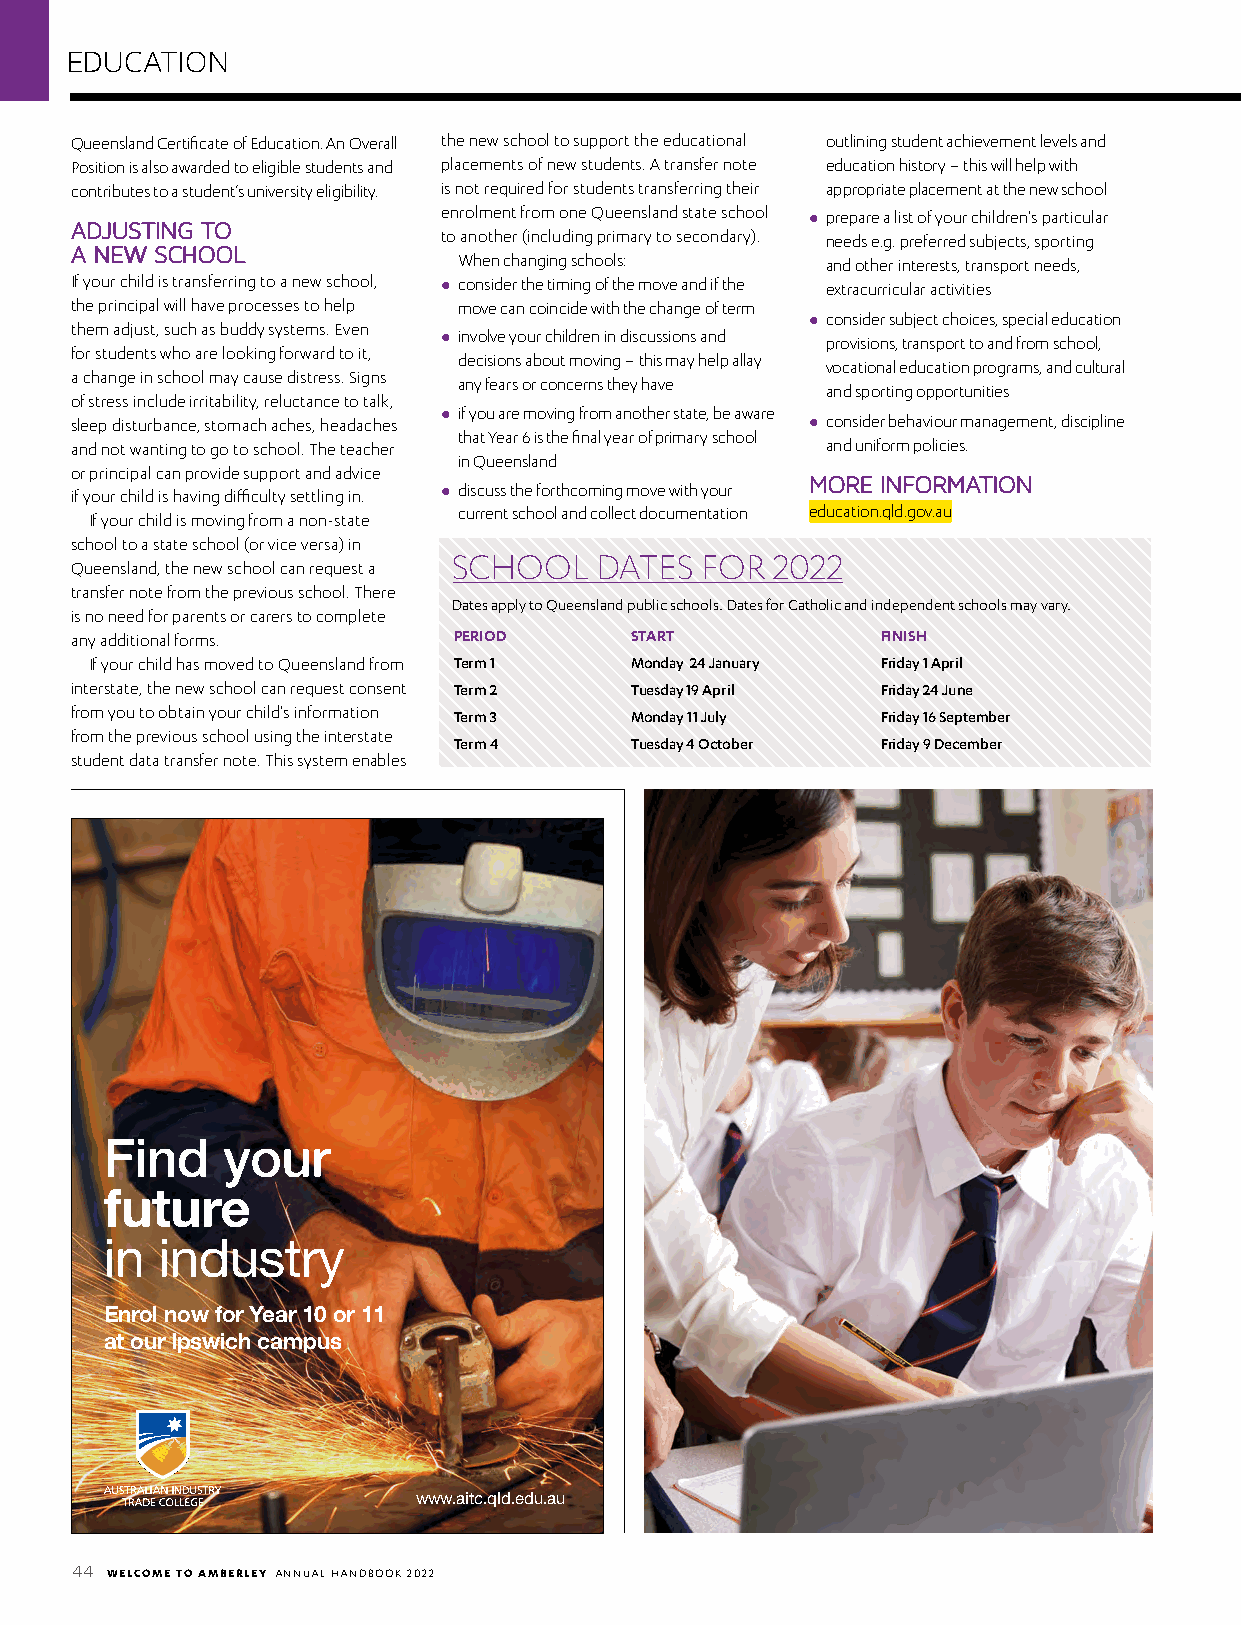
EDUCATION
 Queensland Certificate of Education. An Overall the new school to support the educational outlining student achievement levels and
 Position is also awarded to eligible students and placements of new students. A transfer note education history – this will help with
 contributes to a student’s university eligibility. is not required for students transferring their appropriate placement at the new school
 AADDJJUUSSTTIINNGG TTOO enrolment from one Queensland state school l p repare a list of your children's particular
 to another (including primary to secondary). needs e.g. preferred subjects, sporting
 AA NNEEWW SSCCHHOOOOLL
 When changing schools:   and other interests, transport needs,
 If your child is transferring to a new school, l c onsider the timing of the move and if the extracurricular activities
 the principal will have processes to help move can coincide with the change of term
 them adjust, such as buddy systems. Even         l c onsider subject choices, special education
 l i nvolve your children in discussions and provisions, transport to and from school,
 for students who are looking forward to it,
 decisions about moving – this may help allay
 vocational education programs, and cultural
 a change in school may cause distress. Signs
 any fears or concerns they have
 and sporting opportunities
 of stress include irritability, reluctance to talk,
 sleep disturbance, stomach aches, headaches l i f you are moving from another state, be aware l c onsider behaviour management, discipline
 that Year 6 is the final year of primary school
 and not wanting to go to school. The teacher      and uniform policies.
 in Queensland
 or principal can provide support and advice
 MMOORREE IINNFFOORRMMAATTIIOONN
 if your child is having difficulty settling in. l d iscuss the forthcoming move with your
 current school and collect documentation education.qld.gov.au
 If your child is moving from a non-state
 school to a state school (or vice versa) in
 SCHOOL   DATES  FOR  2022
 Queensland, the new school can request a
 transfer note from the previous school. There
 Dates apply to Queensland public schools. Dates for Catholic and independent schools may vary.
 is no need for parents or carers to complete
 any additional forms.    PERIOD      START           FINISH
 If your child has moved to Queensland from Term 1 Monday 24 January Friday 1 April
 interstate, the new school can request consent Term 2 Tuesday 19 April Friday 24 June
 from you to obtain your child's information Term 3 Monday 11 July Friday 16 September
 from the previous school using the interstate
 Term 4      Tuesday 4 October Friday 9 December
 student data transfer note. This system enables
 Find    your
 future
 in industry
 Enrol now for Year 10 or 11
 at our Ipswich campus
 www.aitc.qld.edu.au
 44 WELCOME TO AMBERLEY ANNUAL HANDBOOK 2022